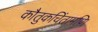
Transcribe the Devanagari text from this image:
कौतुकचिंतामणि